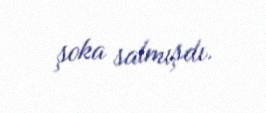
şoka salmışdı.